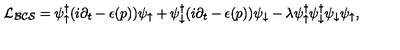
{ \cal L _ { B C S } } = \psi _ { \uparrow } ^ { \dagger } ( i \partial _ { t } - \epsilon ( p ) ) \psi _ { \uparrow } + \psi _ { \downarrow } ^ { \dagger } ( i \partial _ { t } - \epsilon ( p ) ) \psi _ { \downarrow } - \lambda \psi _ { \uparrow } ^ { \dagger } \psi _ { \downarrow } ^ { \dagger } \psi _ { \downarrow } \psi _ { \uparrow } ,